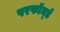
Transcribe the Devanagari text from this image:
परफॉर्म्ड